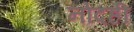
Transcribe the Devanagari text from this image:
नोंदही